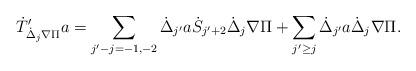
LaTeX: \begin{align*}\dot{T}'_{\dot{\Delta}_j\nabla\Pi}a=\sum_{j'-j=-1,-2}\dot{\Delta}_{j'}a\dot{S}_{j'+2}\dot{\Delta}_{j}\nabla\Pi+\sum_{j'\geq j}\dot{\Delta}_{j'}a\dot{\Delta}_{j}\nabla\Pi.\end{align*}